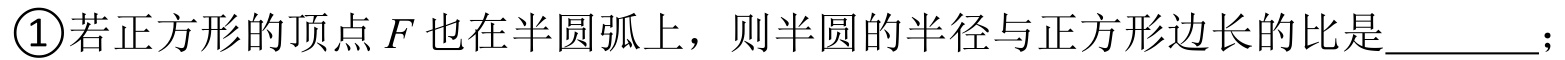
\textcircled{1}若正方形的顶点$F$也在半圆弧上，则半圆的半径与正方形边长的比是\underline{\qquad}；